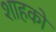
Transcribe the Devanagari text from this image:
शाहको